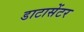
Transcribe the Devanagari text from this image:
डाटासेंटर